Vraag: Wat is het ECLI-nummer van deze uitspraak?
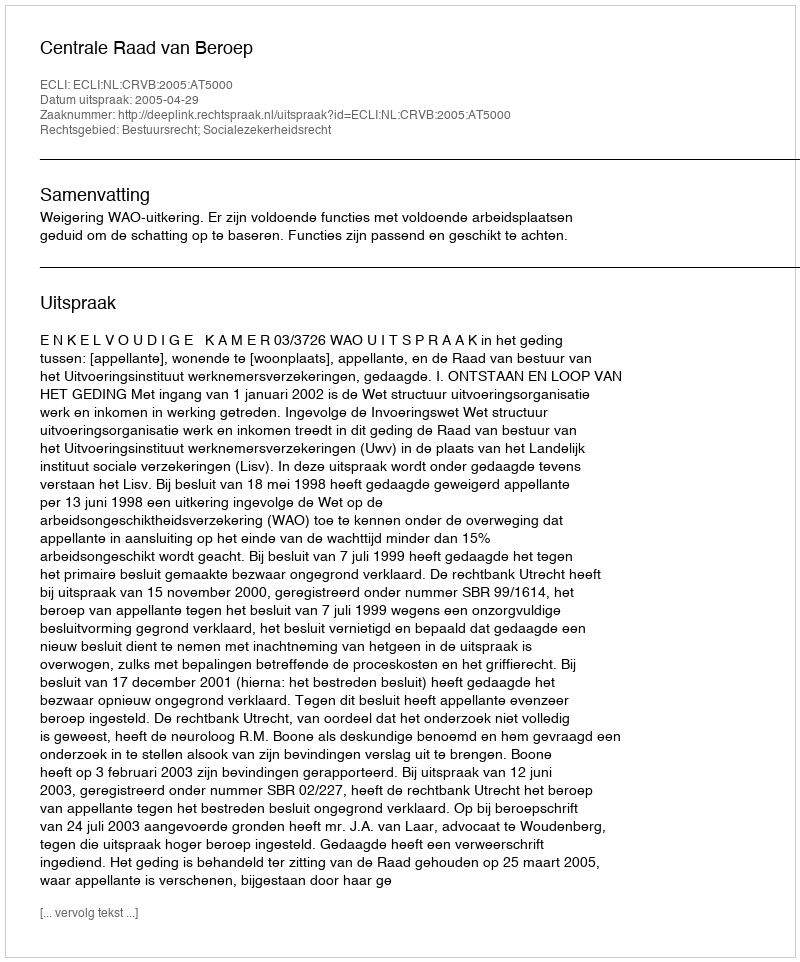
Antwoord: ECLI:NL:CRVB:2005:AT5000